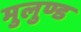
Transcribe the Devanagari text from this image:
मुलुण्ड